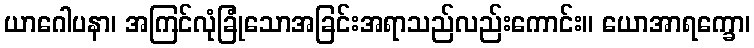
ယာဂေါပနာ၊ အကြင်လုံခြုံသောအခြင်းအရာသည်လည်းကောင်း။ ယောအာရက္ခော၊